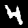
Label: 4